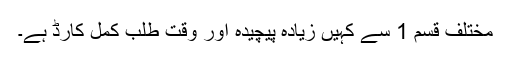
مختلف قسم 1 سے کہیں زیادہ پیچیدہ اور وقت طلب کمل کارڈ ہے۔